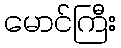
မောင်ကြီး